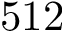
5 1 2